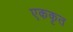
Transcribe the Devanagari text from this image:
एककृत